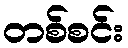
တစ်စင်း